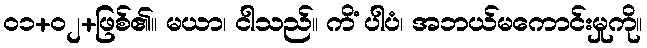
၀၁+၀၂+ဖြစ်၏။ မယာ၊ ငါသည်။ ကိံ ပါပံ၊ အဘယ်မကောင်းမှုကို။